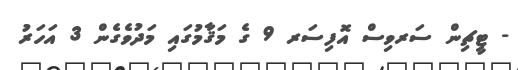
- ޓީޗިން ސަރވިސް އޮފިސަރ 9 ގެ މަޤާމުގައި މަދުވެގެން 3 އަހަރު